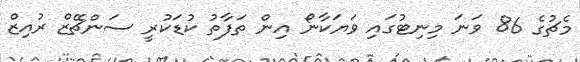
މެޗުގެ 86 ވަނަ މިނިޓުގައި ވަޔަކާނޯ އިން ތަފާތު ކުޑަކުރީ ސަންޗޭޒް ރުއިޒް